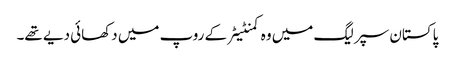
پاکستان سپر لیگ میں وہ کمنٹیٹر کے روپ میں دکھائی دیے تھے۔